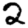
Digit: 2